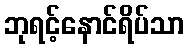
ဘုရင့်နောင်ရိပ်သာ